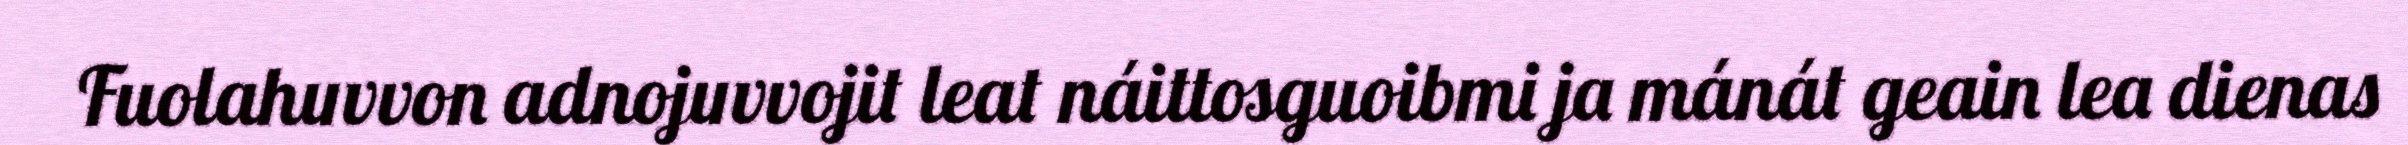
Fuolahuvvon adnojuvvojit leat náittosguoibmi ja mánát geain lea dienas